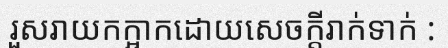
រួសរាយកក្អាកដោយសេចក្តីរាក់ទាក់ :